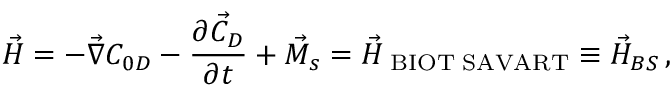
\vec { H } = - \vec { \nabla } C _ { 0 D } - \frac { \partial \vec { C } _ { D } } { \partial t } + \vec { M } _ { s } = \vec { H } _ { \mathrm { \tiny ~ B I O T ~ S A V A R T } } \equiv \vec { H } _ { B S } \, ,